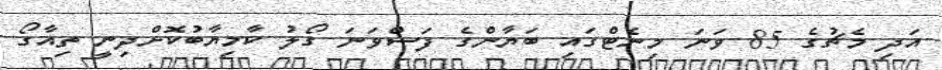
އަދި މެޗުގެ 85 ވަނަ މިނެޓްގައި ބަޔާންގެ ފަސްވަނަ ގޯލު ކާމިޔާބުކޮށްދިނީ ތިއާގޯ